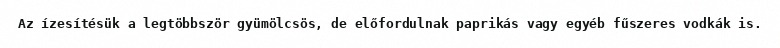
Az ízesítésük a legtöbbször gyümölcsös, de előfordulnak paprikás vagy egyéb fűszeres vodkák is.